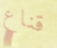
قناع